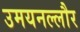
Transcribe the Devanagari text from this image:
उमयनल्लौर